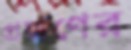
প্রয়াণের